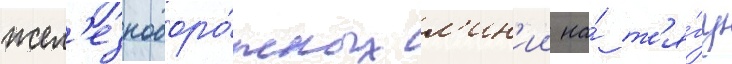
жел'езнодоро́жных л'ин'ии на́ т'я́гу